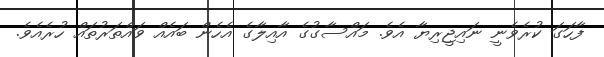
ފާހަގަ ކުރެވެނީ ނައިޖީރިޔާ އެވެ. މައްސާގުގެ އާއިލާގެ އެހެން ބައެއް ވައްތަރުތައް ހުރެއެވެ.